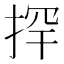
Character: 𱠄